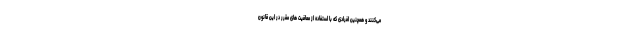
می‌کنند و همچنین افرادی که با استفاده از معافیت های مقرر در این قانون